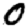
Digit: 0